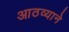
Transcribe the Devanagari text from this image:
आठव्याने